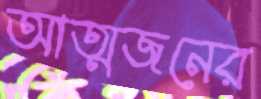
আত্মজনের